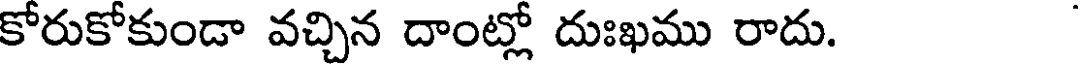
కోరుకోకుండా వచ్చిన దాంట్లో దుఃఖము రాదు.